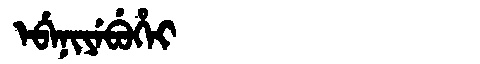
Manchu: ᡝᠪᡝᠨᡳᠶᡝᠪᡠᡥᡝᡳ
Romanization: EBENIYEBUHEI